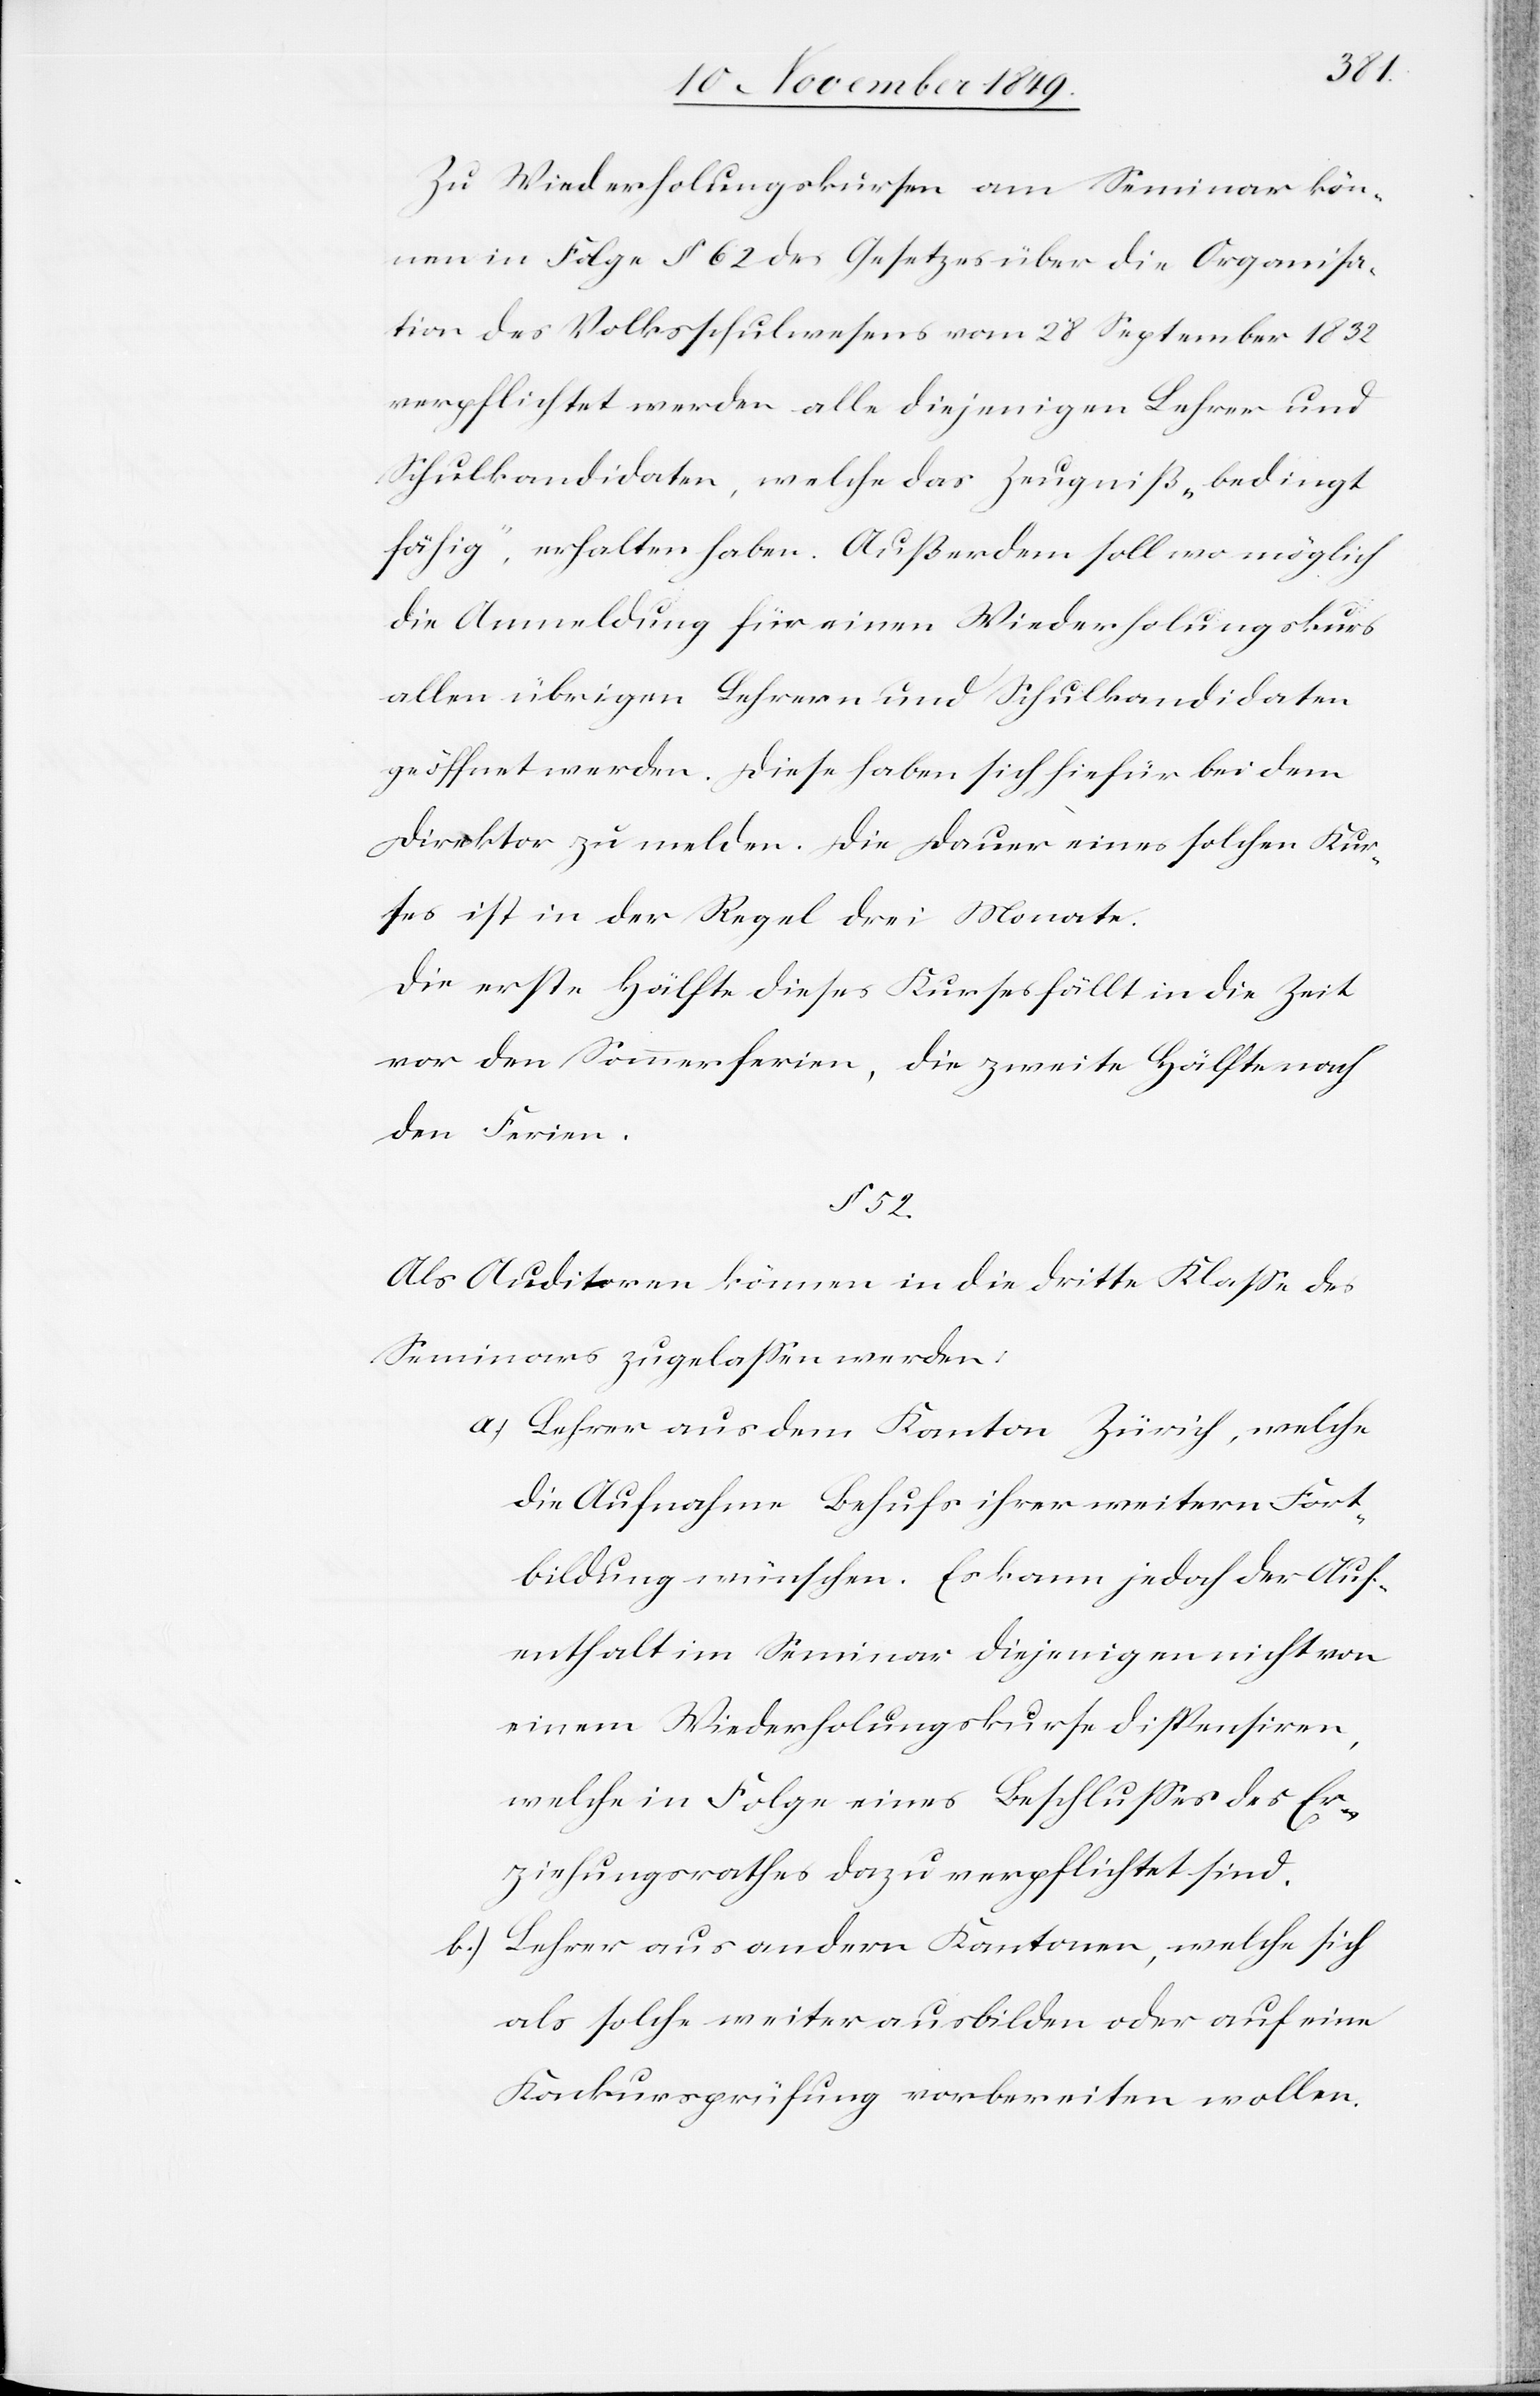
Zu Wiederholungskursen am Seminar kön¬
nen in Folge § 62 des Gesetzes über die Organisa¬
tion des Volksschulwesens vom 28 September 1832
verpflichtet werden alle diejenigen Lehrer und
Schulkandidaten, welche das Zeugniß „bedingt
fähig“, erhalten haben. Außerdem soll wo möglich
die Anmeldung für einen Wiederholungskurs
allen übrigen Lehrern und Schulkandidaten
geöffnet werden. Diese haben sich hiefür bei dem
Direktor zu melden. Die Dauer eines solchen Kur¬
ses ist in der Regel drei Monate.
Die erste Hälfte dieses Kurses fällt in die Zeit
vor den Sommerferien, die zweite Hälfte nach
den Ferien.
§ 52.
Als Auditoren können in die dritte Klaße des
Seminars zugelaßen werden:
a.) Lehrer aus dem Kanton Zürich, welche
die Aufnahme behufs ihrer weitern Fort¬
bildung wünschen. Es kann jedoch der Auf¬
enthalt im Seminar diejenigen nicht von
einem Wiederholungskurse dispensiren,
welche in Folge eines Beschlußes des Er¬
ziehungsrathes dazu verpflichtet sind.
b.) Lehrer aus andern Kantonen, welche sich
als solche weiter ausbilden oder auf eine
Konkursprüfung vorbereiten wollen.